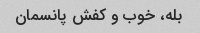
بله، خوب و کفش پانسمان